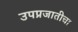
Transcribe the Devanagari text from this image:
उपप्रजातीचा